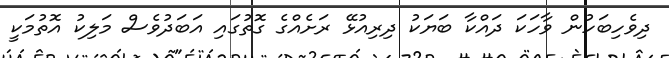
ދިވެހިބަހުން ވާހަކަ ދައްކާ ބަޔަކު ދިރިއުޅޭ ރަށެއްގެ ގޮތުގައި އަބަދުވެސް މަލިކު އޮތުމަކީ